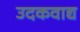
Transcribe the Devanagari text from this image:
उदकवाद्य